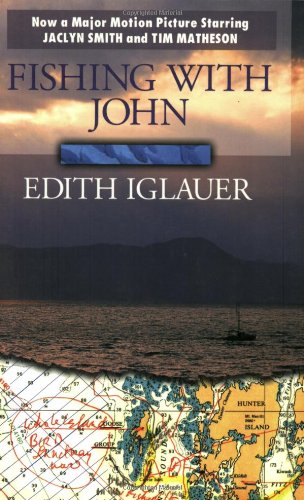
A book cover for Fishing with John; Edith Iglauer; Biographies & Memoirs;